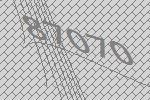
87070